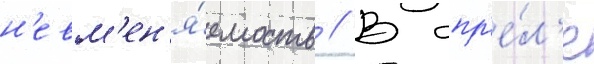
н'евм'ен'я́емость // В апр'е́л'е